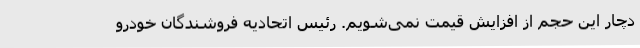
دچار این حجم از افزایش قیمت نمی‌شویم. رئیس اتحادیه فروشندگان خودرو